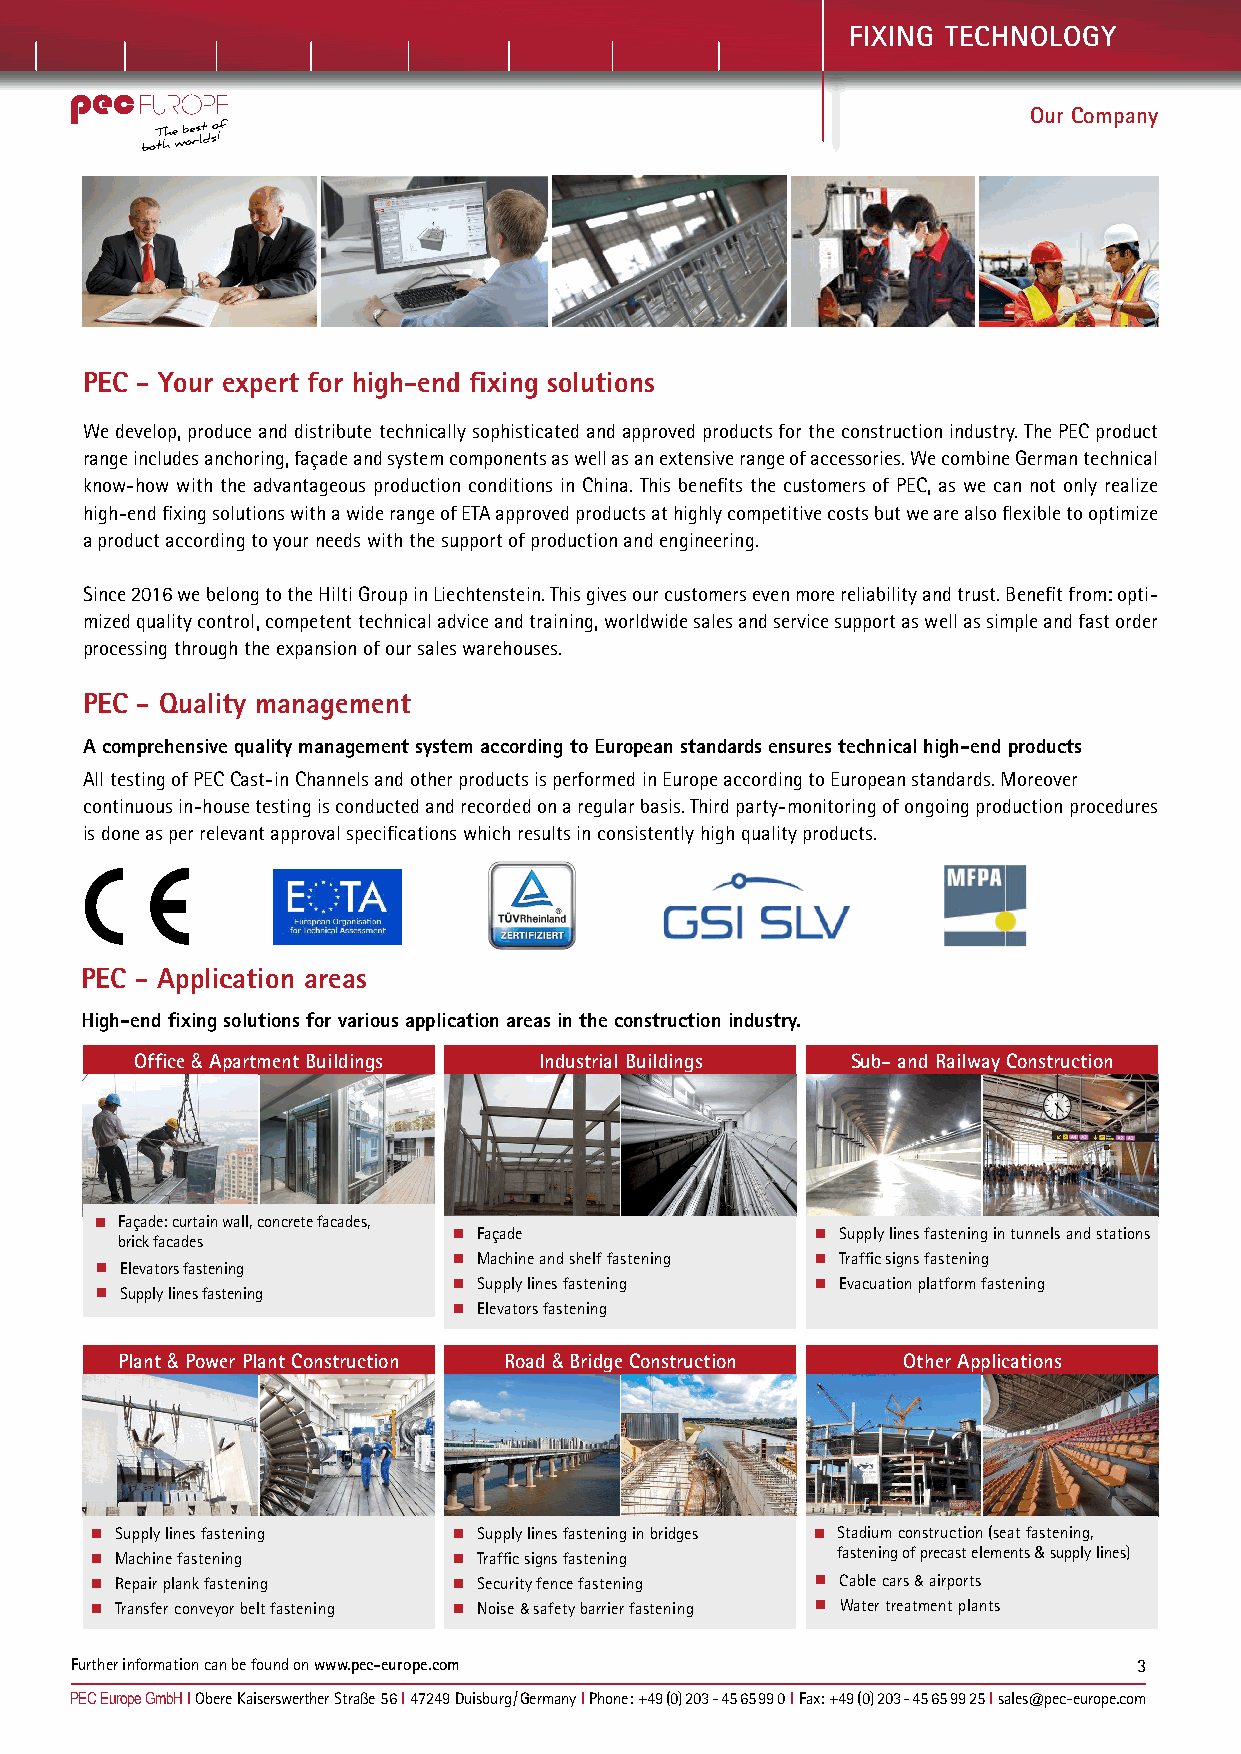
FIXING TECHNOLOGY
 Our Company
 PEC - Your expert for high-end fixing solutions
 We develop, produce and distribute technically sophisticated and approved products for the construction industry. The PEC product
 range includes anchoring, façade and system components as well as an extensive range of accessories. We combine German technical
 know-how with the advantageous production conditions in China. This benefits the customers of PEC, as we can not only realize
 high-end fixing solutions with a wide range of ETA approved products at highly competitive costs but we are also flexible to optimize
 a product according to your needs with the support of production and engineering.
 Since 2016 we belong to the Hilti Group in Liechtenstein. This gives our customers even more reliability and trust. Benefit from: opti-
 mized quality control, competent technical advice and training, worldwide sales and service support as well as simple and fast order
 processing through the expansion of our sales warehouses.
 PEC - Quality management
 A comprehensive quality management system according to European standards ensures technical high-end products
 All testing of PEC Cast-in Channels and other products is performed in Europe according to European standards. Moreover
 continuous in-house testing is conducted and recorded on a regular basis. Third party-monitoring of ongoing production procedures
 is done as per relevant approval specifications which results in consistently high quality products.
 PEC - Application areas
 High-end fixing solutions for various application areas in the construction industry.
 Office & Apartment Buildings Industrial Buildings Sub- and Railway Construction
 Façade: curtain wall, concrete facades,
 brick facades
 Façade                 Supply lines fastening in tunnels and stations
 Machine and shelf fastening Traffic signs fastening
 Elevators fastening
 Supply lines fastening Evacuation platform fastening
 Supply lines fastening
 Elevators fastening
 Plant & Power Plant Construction Road & Bridge Construction Other Applications
 Supply lines fastening  Supply lines fastening in bridges Stadium construction (seat fastening,
 Machine fastening       Traffic signs fastening fastening of precast elements & supply lines)
 Repair plank fastening  Security fence fastening Cable cars & airports
 Transfer conveyor belt fastening Noise & safety barrier fastening Water treatment plants
 Further information can be found on www.pec-europe.com                3
 PEC Europe GmbH I Obere Kaiserswerther Straße 56 I 47249 Duisburg / Germany I Phone: +49 (0) 203 - 45 65 99 0 I Fax: +49 (0) 203 - 45 65 99 25 I sales@pec-europe.com